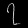
Digit: ၇